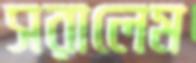
সরালেম